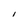
Character: I